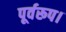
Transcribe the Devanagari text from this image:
पूर्वरूप।